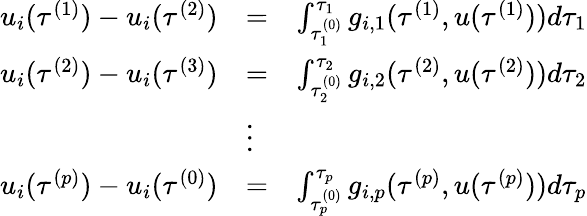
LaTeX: \begin{array}{rlr}{u_{i}(\tau^{(1)})-u_{i}(\tau^{(2)})}&{=}&{\int_{\tau_{1}^{(0)}}^{\tau_{1}}g_{i,1}(\tau^{(1)},u(\tau^{(1)}))d\tau_{1}}\\ {u_{i}(\tau^{(2)})-u_{i}(\tau^{(3)})}&{=}&{\int_{\tau_{2}^{(0)}}^{\tau_{2}}g_{i,2}(\tau^{(2)},u(\tau^{(2)}))d\tau_{2}}\\ &{\vdots}&\\ {u_{i}(\tau^{(p)})-u_{i}(\tau^{(0)})}&{=}&{\int_{\tau_{p}^{(0)}}^{\tau_{p}}g_{i,p}(\tau^{(p)},u(\tau^{(p)}))d\tau_{p}}\end{array}